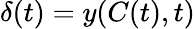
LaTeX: \delta(t)=y(C(t),t)